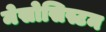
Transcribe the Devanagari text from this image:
मेसोसिस्टम